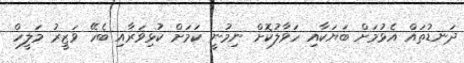
ދަނޑުތައް އެޅުމަށް ބަޔަކާއި ހަވާލުކޮށް ނިމުނީ ކަަމަށް ކުޅިވަރާއި ބެހޭ ވަޒީރު މަލީހް